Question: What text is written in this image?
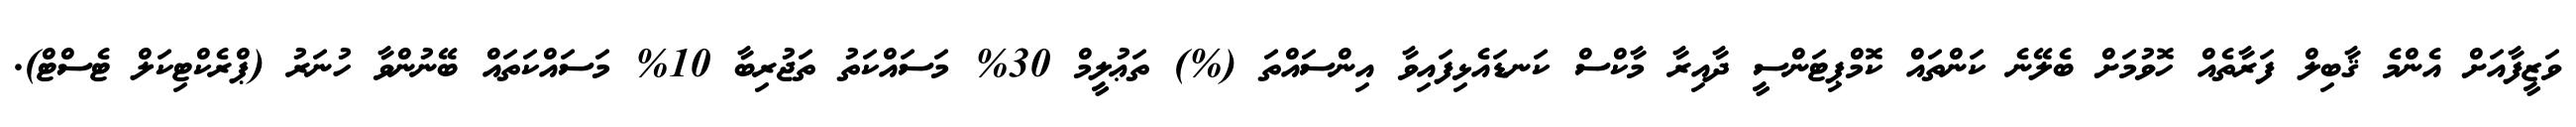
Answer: ވަޒީފާއަށް އެންމެ ޤާބިލް ފަރާތެއް ހޮވުމަށް ބެލޭނެ ކަންތައް ކޮމްޕިޓަންސީ ދާއިރާ މާކްސް ކަނޑައެޅިފައިވާ އިންސައްތަ (%) ތަޢުލީމް 30% މަސައްކަތު ތަޖުރިބާ 10% މަސައްކަތައް ބޭނުންވާ ހުނަރު (ޕްރެކްޓިކަލް ޓެސްޓް).